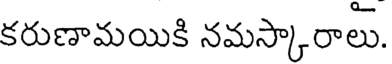
కరుణామయికి నమస్కారాలు.